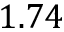
1 . 7 4